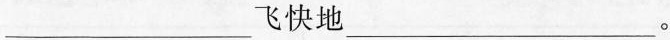
___飞快地___。